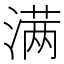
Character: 满